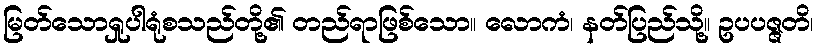
မြတ်သောရှုပါရုံစသည်တို့၏ တည်ရာဖြစ်သော။ လောကံ၊ နတ်ပြည်သို့။ ဥပပဇ္ဇတိ၊